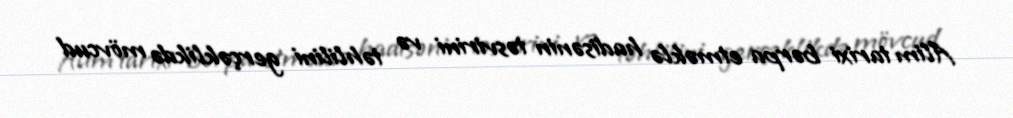
Alim tarixi bərpa etməklə hadisənin təsvirini və təhlilini gerçəklikdə mövcud